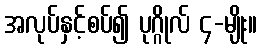
အလုပ်နှင့်စပ်၍ ပုဂ္ဂိုလ် ၄-မျိုး။